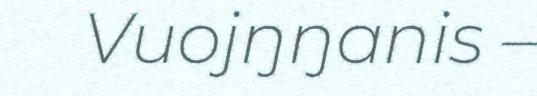
Vuojŋŋanis –